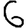
Digit: 6